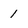
Character: 1